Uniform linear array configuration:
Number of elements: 8
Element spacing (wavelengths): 0.25
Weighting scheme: hann
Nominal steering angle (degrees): -30
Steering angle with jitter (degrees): -28.545
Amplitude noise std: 0.05
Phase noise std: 0.05

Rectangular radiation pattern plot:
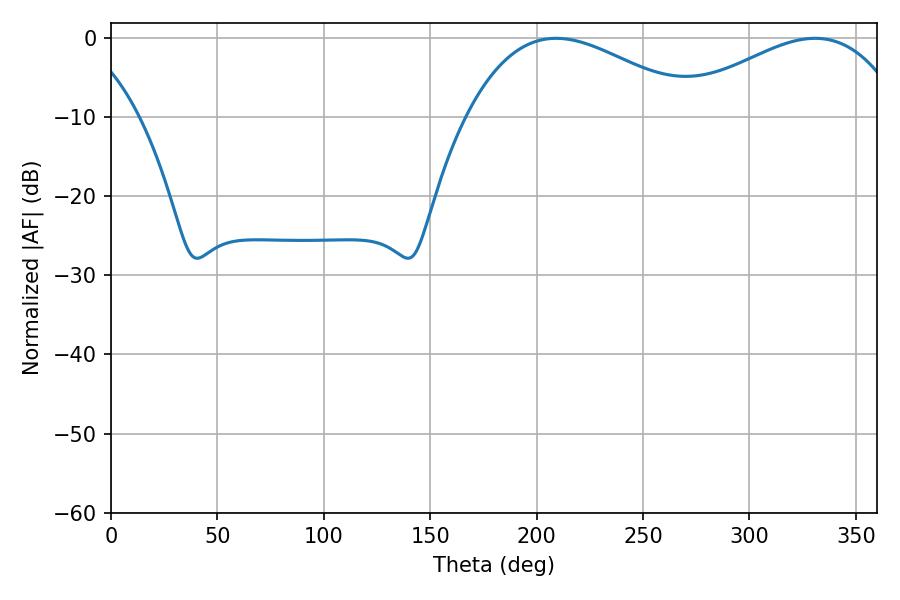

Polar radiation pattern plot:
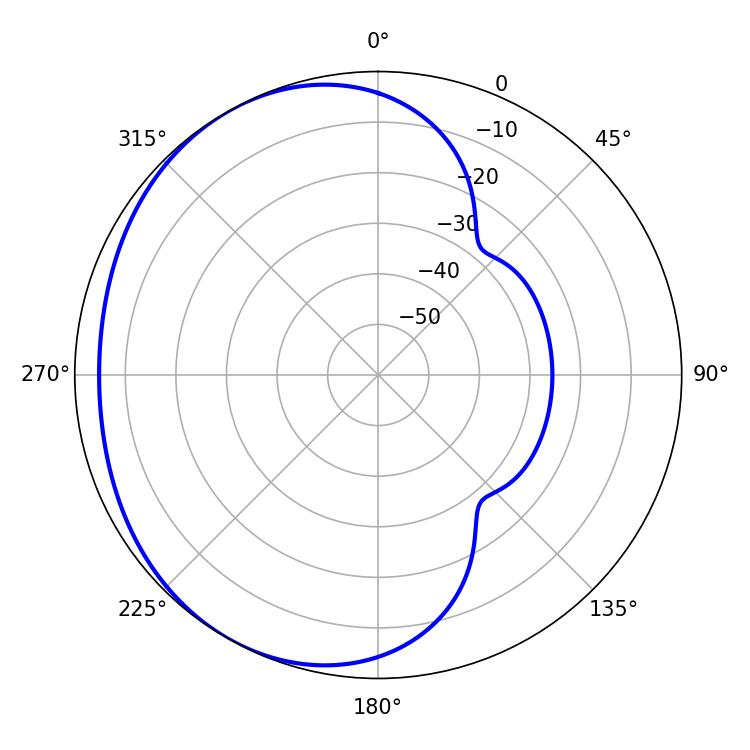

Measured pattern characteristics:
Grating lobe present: FALSE
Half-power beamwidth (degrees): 59.4
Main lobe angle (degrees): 209.16